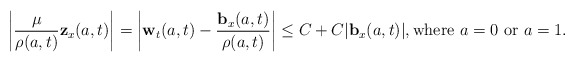
\begin{align*} \left|\frac{\mu}{\rho(a,t)}\mathbf{z}_x(a,t)\right| =\left|\mathbf{w}_t(a,t)-\frac{\mathbf{b}_x(a,t)}{\rho(a,t)}\right| \leq C+C |\mathbf{b}_x(a,t)|,\hbox{\rm where}~a=0~\hbox{\rm or}~a=1.\end{align*}